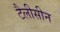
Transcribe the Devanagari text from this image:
टैलीसीन